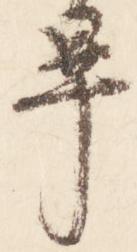
畢